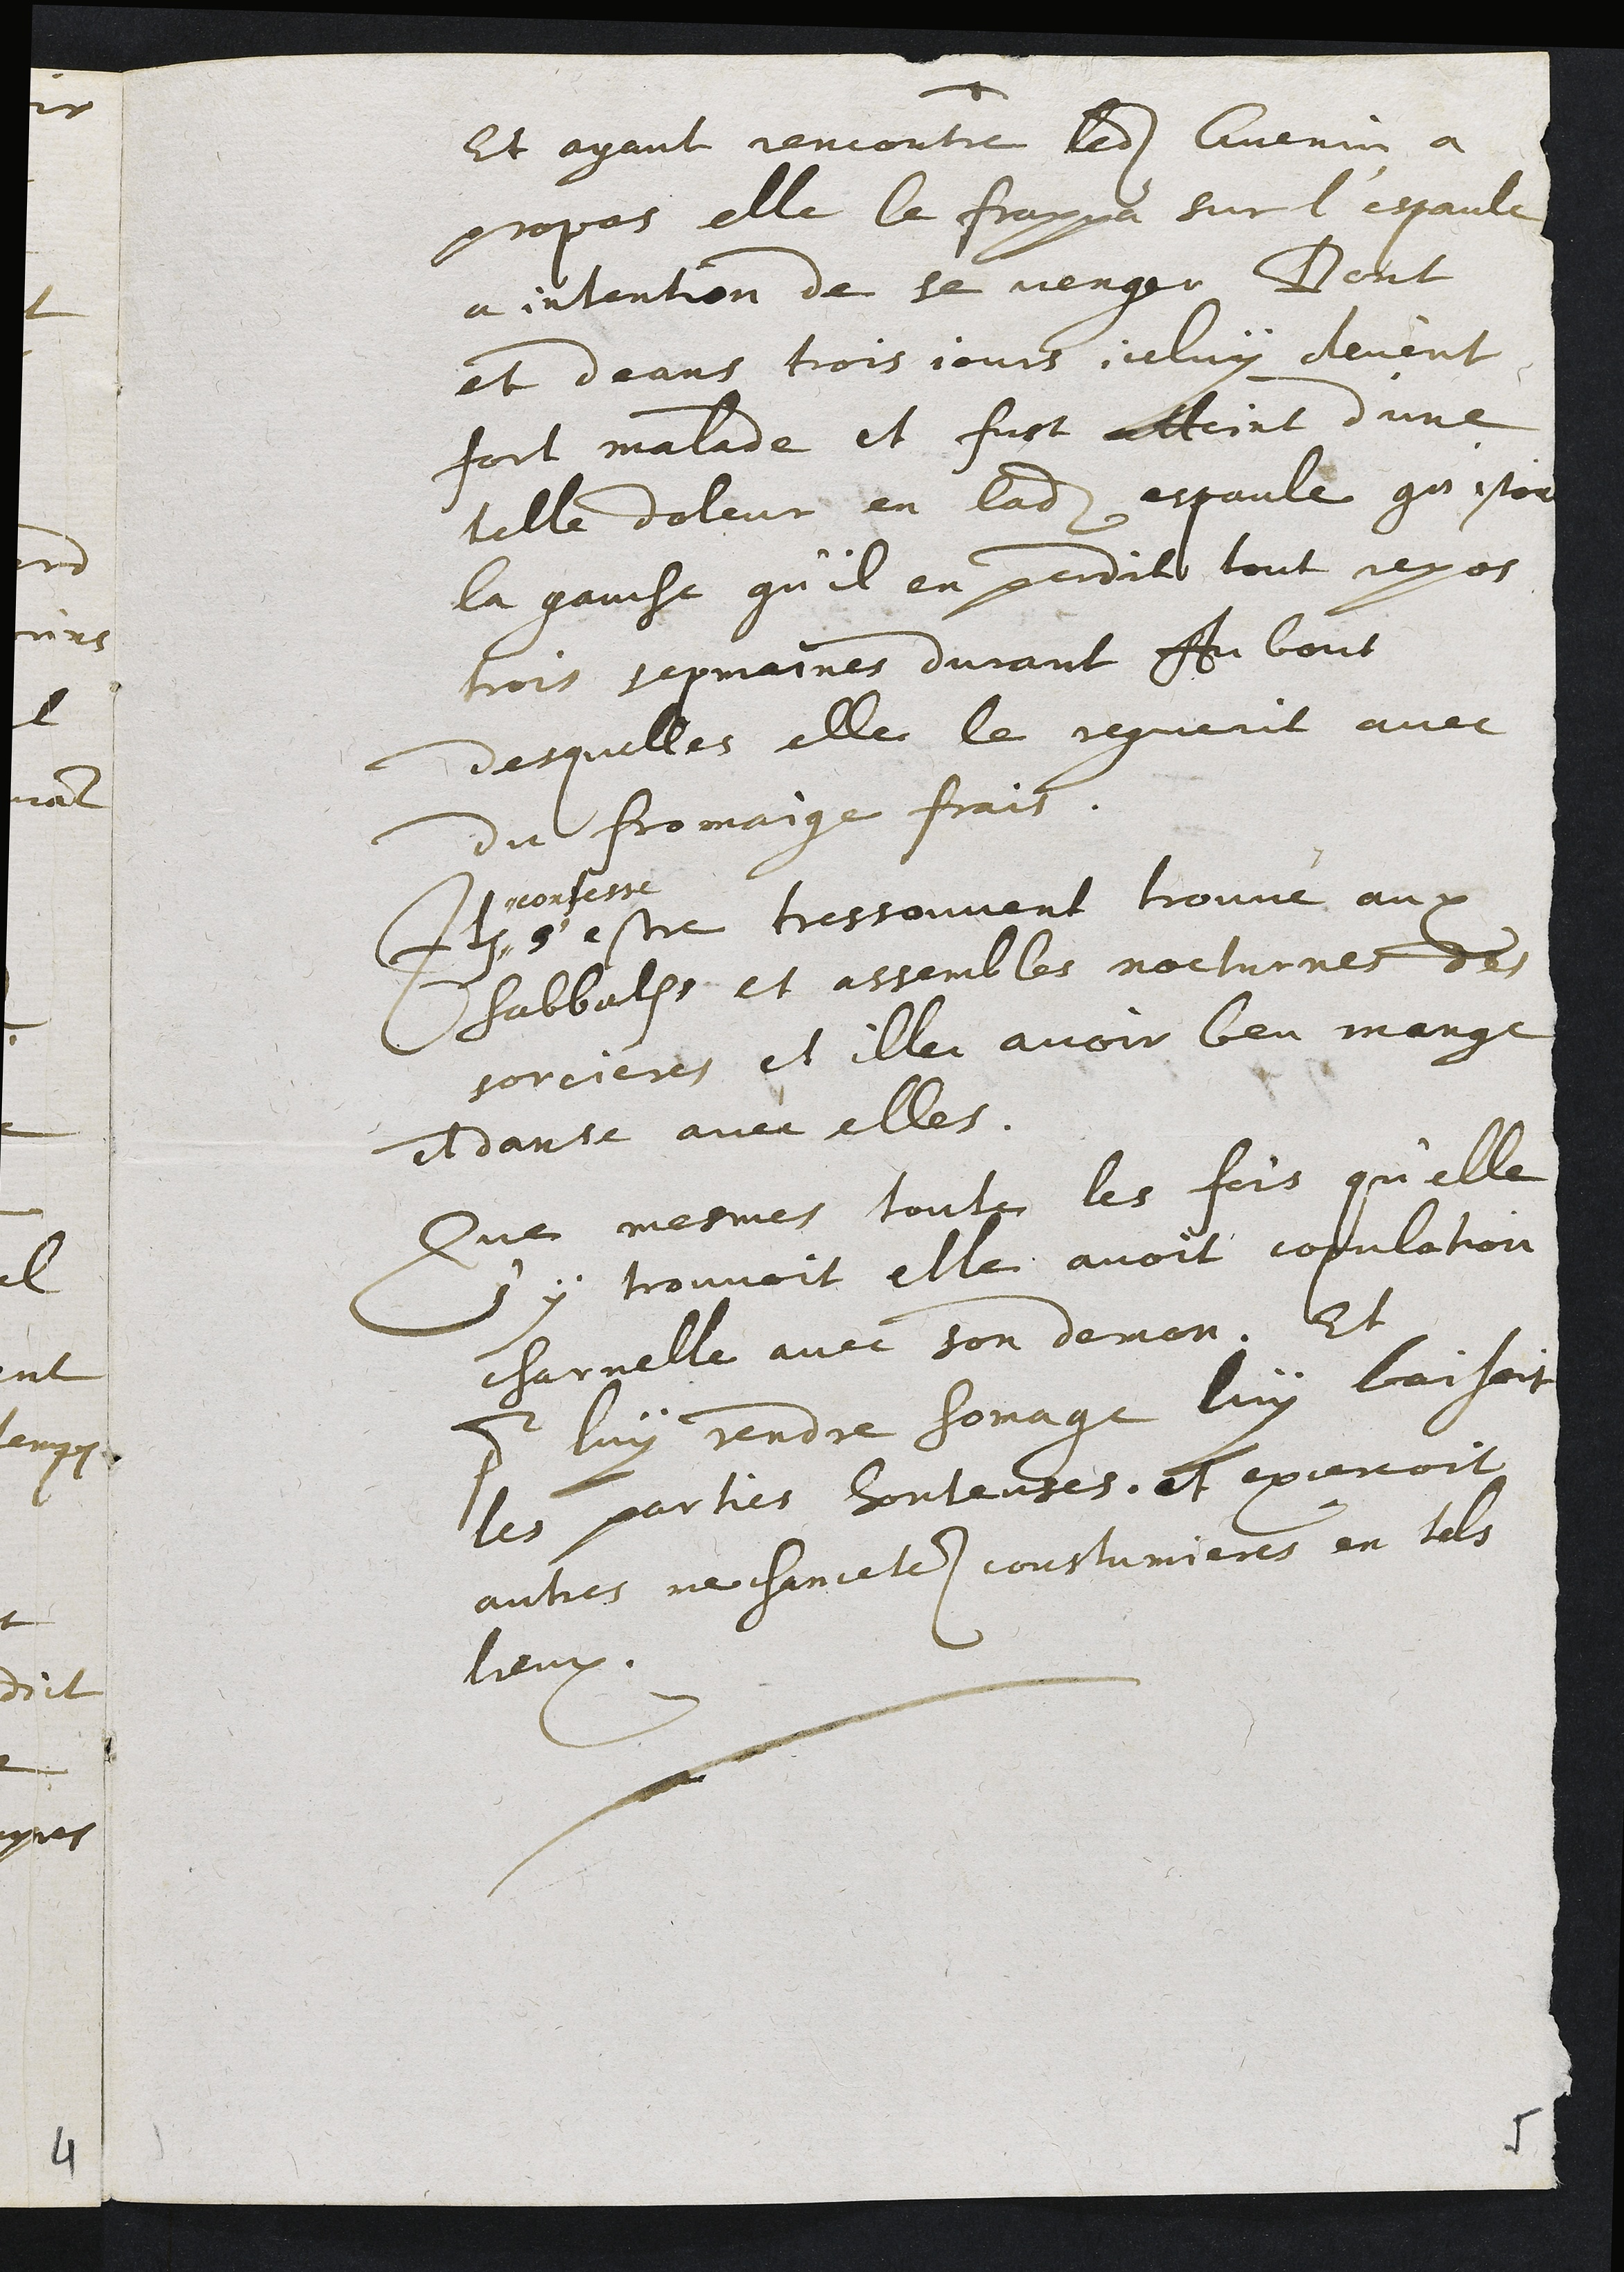
Et ayant iencontre ledit Lvenin à
propas elle le frappa sur l’espaule
a intention de se venger Dent
et deans trois jours, icluy devent
fort malade et fust atteint d’une
telle doleur en ladite espaule qu’estoit
la ganche qu'il en perdit tout jexos
trois sepmaines durant Au bout
desquelles elle le reguerit avec
du fromaige frais.
+9
confessé
s estre trestouvent trouvé aux
sabbalhe et assembles nocturnes des
sorcieres, et illec avoir beu mange
ildansé avec elles.
Que mesmes toute les fois qu'elle
y trouvoit elle avoit copulation
charnelle avec son demon. Et
# luy rendre sonage luy laisoit
les parties hontentes,. et excevoit
autres ne chancele coustumieres en tils
leux.